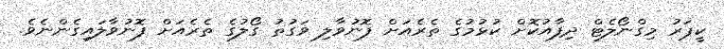
ކީޕަރު މިގްނޯލެޓް ދިފާއުކޮށް ކުޅުމުގެ ތެރެއަށް ފޮނުވާލި ވަގުތު ގޯލުގެ ތެރެއަށް ފޮނުވާލައިގެންނެވެ.